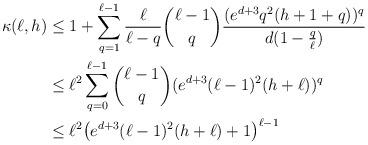
LaTeX: \begin{align*}\kappa(\ell,h)&\le 1+ \sum_{q=1}^{\ell-1}\frac{\ell}{\ell-q} \binom {\ell-1}{q} \frac{(e^{d+3}q^2 (h+1+q))^q}{d(1-\frac q\ell)}\\&\le \ell^2 \sum_{q=0}^{\ell-1}\binom {\ell-1}{q} (e^{d+3}(\ell-1)^2 (h+\ell))^q\\&\le \ell^2\big( e^{d+3} (\ell-1)^2(h+\ell)+1\big)^{\ell-1}\end{align*}